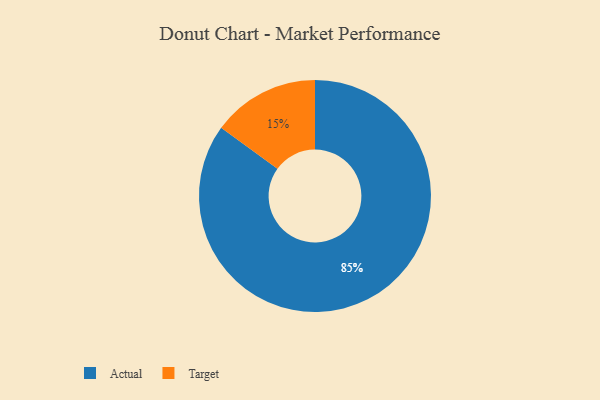
{"axis": {"x": "Category", "y": "Percentage"}, "legend": ["Actual", "Target"], "data": [{"x": "Target", "y": 15, "type": "Target"}, {"x": "Actual", "y": 85, "type": "Actual"}]}